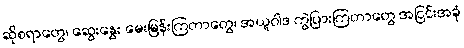
ဆိုစရာတွေ၊ ဆွေးနွေး မေးမြန်းကြတာတွေ၊ အယူဝါဒ ကွဲပြားကြတာတွေ အငြင်းအခုံ